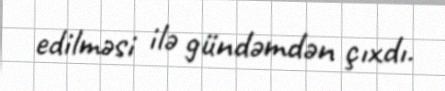
edilməsi ilə gündəmdən çıxdı.